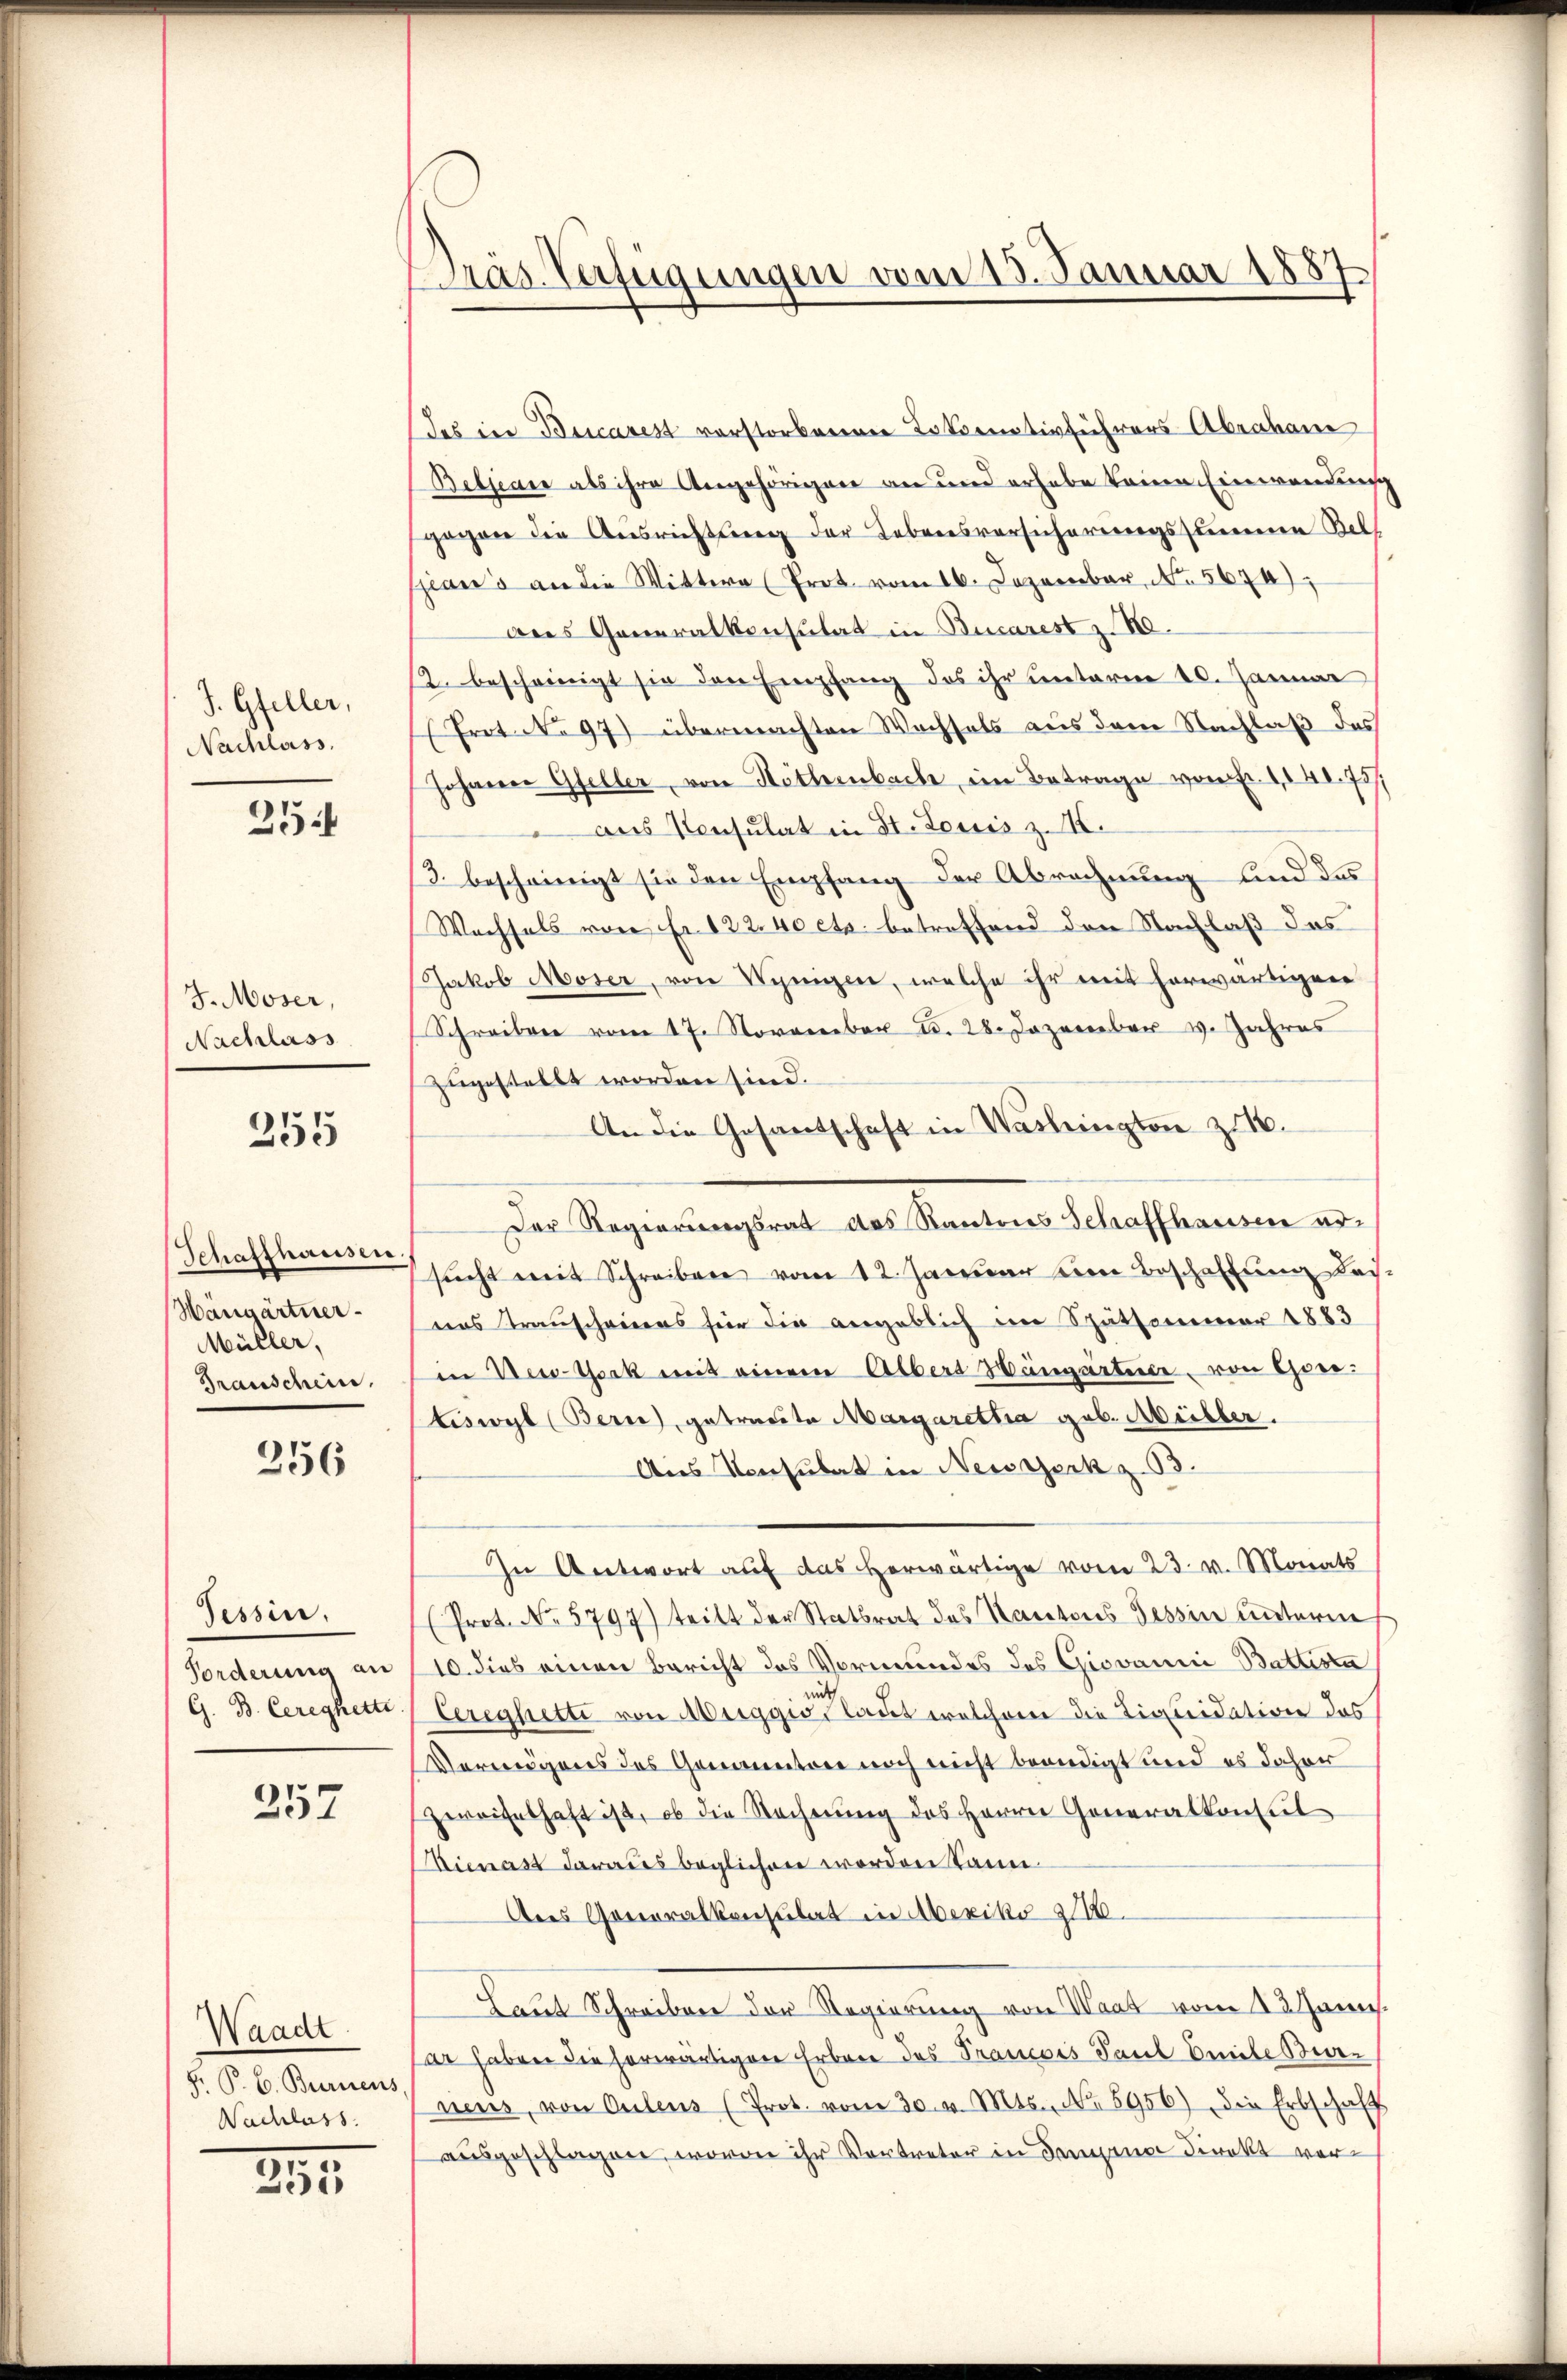
J. Gfeller,
Nachlass.

254

J. Moser,
Nachlass

255

Schaffhausen.
Hangärtner
Müller,
Granschein.

256

Tessin,
Forderung an
G. B. Ceregkette

257

Waadt
F. P. C. Burnens,
Nachlass.

253

Pras. Verfügungen vom 13. Januar 1887

das in Beicasest vorstorbenen Totenetivführers Abraham
Beljeare als ihre Angehörigen an und erhabe keine Einwendung
gegen die Ausrichtung der Lebensversicherungssumme Rell
Gian's an die Wittwe (Prot. vom 16. Dezember, No. 5674);
des Generalkonsulat in Bucarest z. 80.
12. bescheinigt sie den Empfang des ihr unterm 10. Januar
Prot No 97) übermachten Wechsels aus dem Nachlaß des
Johannen Gfeller, von Köthenbache, im Betrage von Fr. 104. 731
aus Konsulat in Dr. Louis z. B.
3. bescheinigt sie den Empfang der Abrechnung und des
Wachsels von Fr. 122. 40 cts. betreffend den Nachlaß das
Jakob Moser, von Synigen, welche ihr mit herwärtigen
Schreiben vom 17. November d. 28. Dezember v. Jahres
zugestellt worden sind.
An die Gesantschaft in Washington zu 10.
2
Der Regierungsrat des Rantons Schaffhausen arsŭcht mit Schreiben vom 12. Januar ein Beschaftung dass
nas Transcheiners für die angeblich im Späthommer 1883
in New-York mit einem Albers Hungarteiie, von Gonitiswyl (Bern, getracte Margaretha geb. Müller.
Aus Konsulat in Nessierk z
In Antwort auf das herwärtige vom 23. v. Monats
(Prot. No. 5797) teilt der Statsrat des Kantons Tessin unterm
10. dies einen Bericht des Vormundes des Giovanić Battista
Cereghette von Meiggio, laut welcherer die Liquidation das
Vermögens des Genanntone noch nicht beendigt und es daher
Zweifelhaft ist, ob die Rechnung des Herrn Generalkonsul-
ienast daraus beglichen worden kann.
Des Generalkonsulat in Mexiko z
Laut Schreiben der Regierung von Waas vom 13. Janns.
par haben die herwärtigen Erbene des Prancois Paul Emile Burneus, von Culeus (Prot. vom 30. v. Mts. No. 5956) die Erbschaft
.
ausgeschlagen, worin ihr Vortreter in Tagener Direkt ver¬